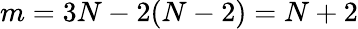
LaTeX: m=3N-2(N-2)=N+2